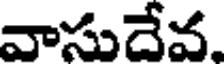
వాసుదేవ.